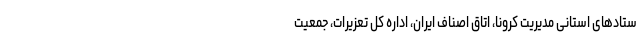
ستادهای استانی مدیریت کرونا، اتاق اصناف ایران، اداره کل تعزیرات، جمعیت